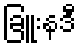
ခြူးနဒီ